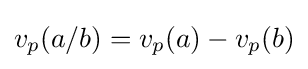
v_{p}(a/b)=v_{p}(a)-v_{p}(b)